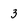
Character: 3